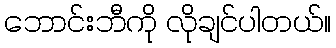
ဘောင်းဘီကို လိုချင်ပါတယ်။